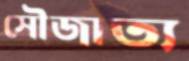
সৌজাত্য